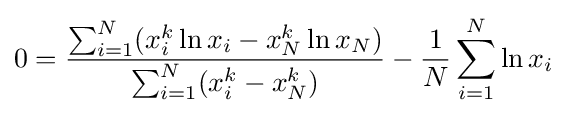
0={\frac {\sum _{i=1}^{N}(x_{i}^{k}\ln x_{i}-x_{N}^{k}\ln x_{N})}{\sum _{i=1}^{N}(x_{i}^{k}-x_{N}^{k})}}-{\frac {1}{N}}\sum _{i=1}^{N}\ln x_{i}